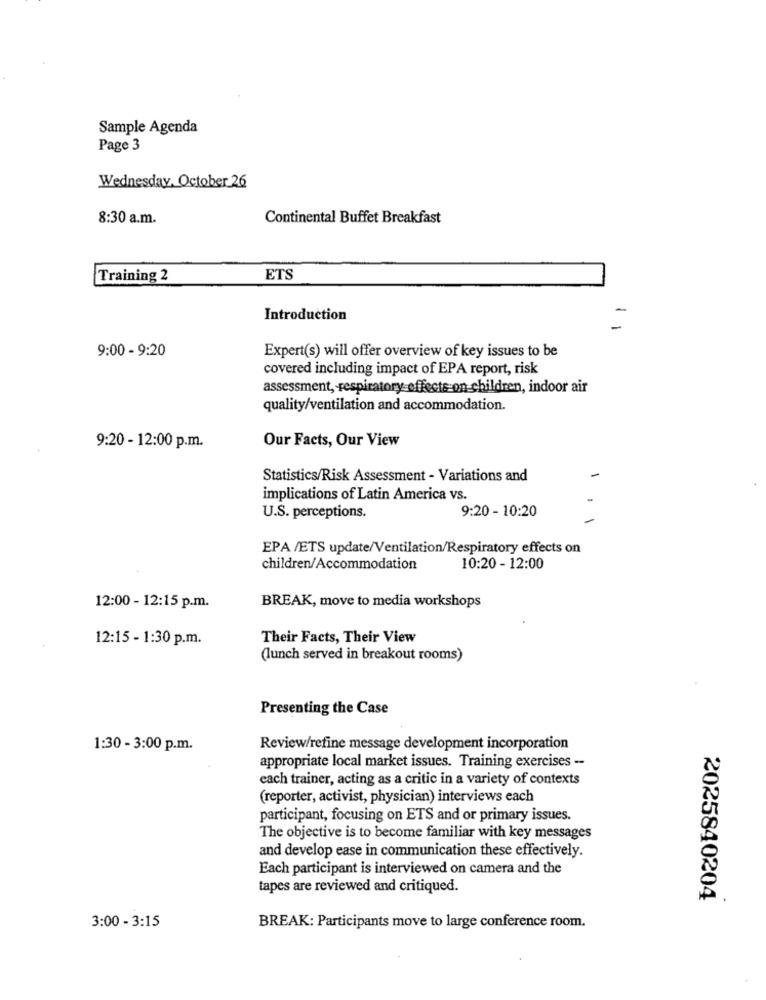
Sample Agenda
Page 3
Wednesday, October 26
8:30 a.m.
Continental Buffet Breakfast
Training 2
ETS
Introduction
9:00 - 9:20
Expert(s) will offer overview of key issues to be
covered including impact of EPA report, risk
assessment, respiratory effects on children, indoor air
quality/ventilation and accommodation.
Our Facts, Our View
9:20 - 12:00 p.m.
Statistics/Risk Assessment - Variations and
implications of Latin America vs.
9:20 - 10:20
U.S. perceptions.
EPA /ETS update/Ventilation/Respiratory effects on
children/Accommodation
10:20 - 12:00
BREAK, move to media workshops
12:00 - 12:15 p.m.
12:15 - 1:30 p.m.
Their Facts, Their View
(lunch served in breakout rooms)
Presenting the Case
1:30 - 3:00 p.m.
Review/refine message development incorporation
appropriate local market issues. Training exercises --
each trainer, acting as a critic in a variety of contexts
(reporter, activist, physician) interviews each
participant, focusing on ETS and or primary issues.
The objective is to become familiar with key messages
and develop ease in communication these effectively.
Each participant is interviewed on camera and the
tapes are reviewed and critiqued.
2025840204
3:00 - 3:15
BREAK: Participants move to large conference room.